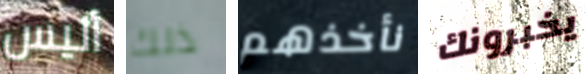
أليس ذلك نأخذهم يخبرونك